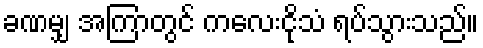
ခဏမျှ အကြာတွင် ကလေးငိုသံ ရပ်သွားသည်။